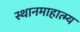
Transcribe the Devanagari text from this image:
स्थानमाहात्म्य